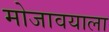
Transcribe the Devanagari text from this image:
मोजावयाला